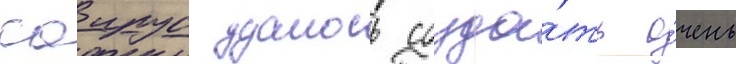
саирус удалось созда́ть о́чень